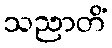
သညာတိံ